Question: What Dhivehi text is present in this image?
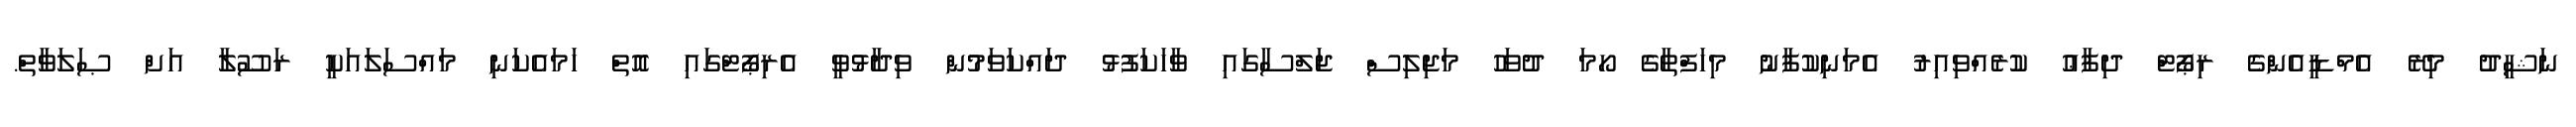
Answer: ނަޝީދު މިރޭ އެމްޑީއެންގެ ރިޕޯޓް ދިފާޢު ކުރެއްވިއިރު އެމަނިކުފާނު މިހަފްތާގެ ހޯމަ ދުވަހު މަޖިލިސް ޖަލްސާގައި ވާހަކަފުޅު ދައްކަވަމުން ވިދާޅުވީ އެރިޕޯޓްގައި އޮތް ހަމައެކަނި މައްސަލައަކީ ރަސޫލާ އަށް ޞަލަވާތް.